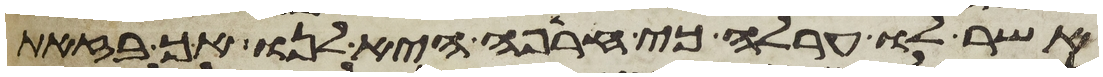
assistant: אשר לו ערלה כי חרפה היא לנו אך בזאת